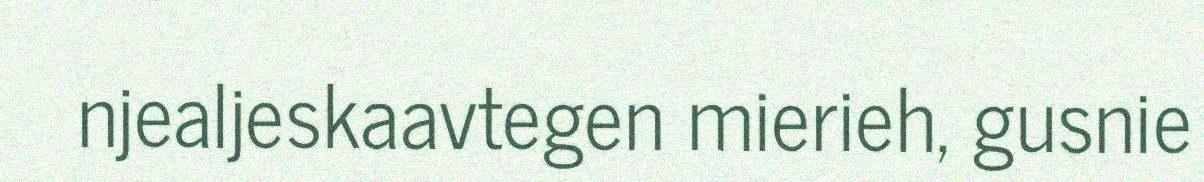
njealjeskaavtegen mierieh, gusnie